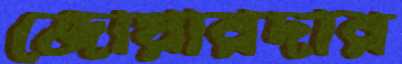
জোয়ারদার